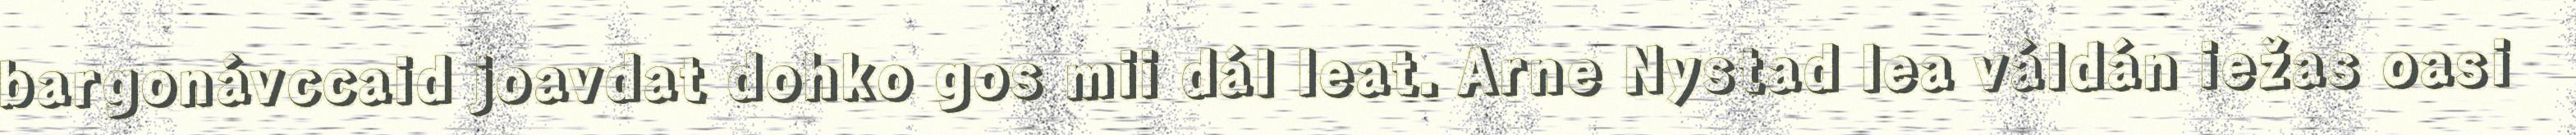
bargonávccaid joavdat dohko gos mii dál leat. Arne Nystad lea váldán iežas oasi